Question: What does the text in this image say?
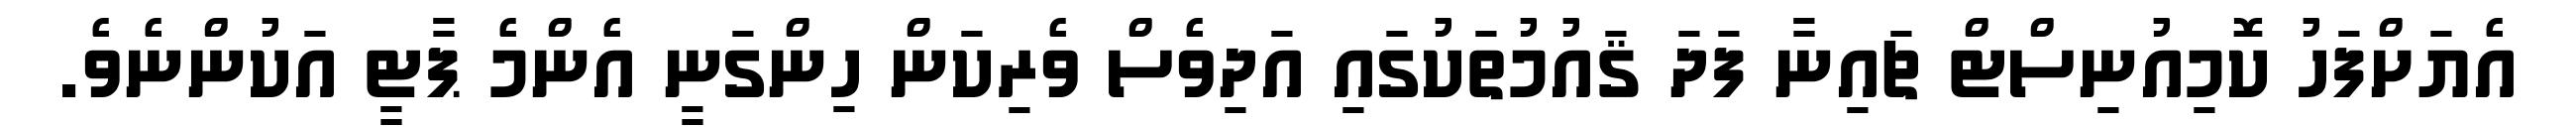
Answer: އެޔަށްފަހު ކޮމިއުނިސްޓް ޗައިނާ ފަދަ ޤައުމުތަކުގައި އަދިވެސް ވެރިކަން ހިންގަނީ އެންމެ ޕާޓީ އަކުންނެވެ.